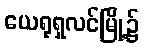
ယေရုရှလင်မြို့၌